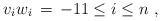
LaTeX: \begin{align*}v_i w_i \,=\, -1 1\leq i \leq n \ , \end{align*}